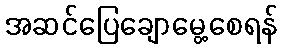
အဆင်ပြေချောမွေ့စေရန်